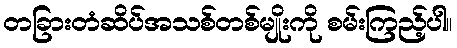
တခြားတံဆိပ်အသစ်တစ်မျိုးကို စမ်းကြည့်ပါ။